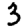
Digit: 3